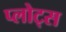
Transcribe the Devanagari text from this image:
प्लोट्स